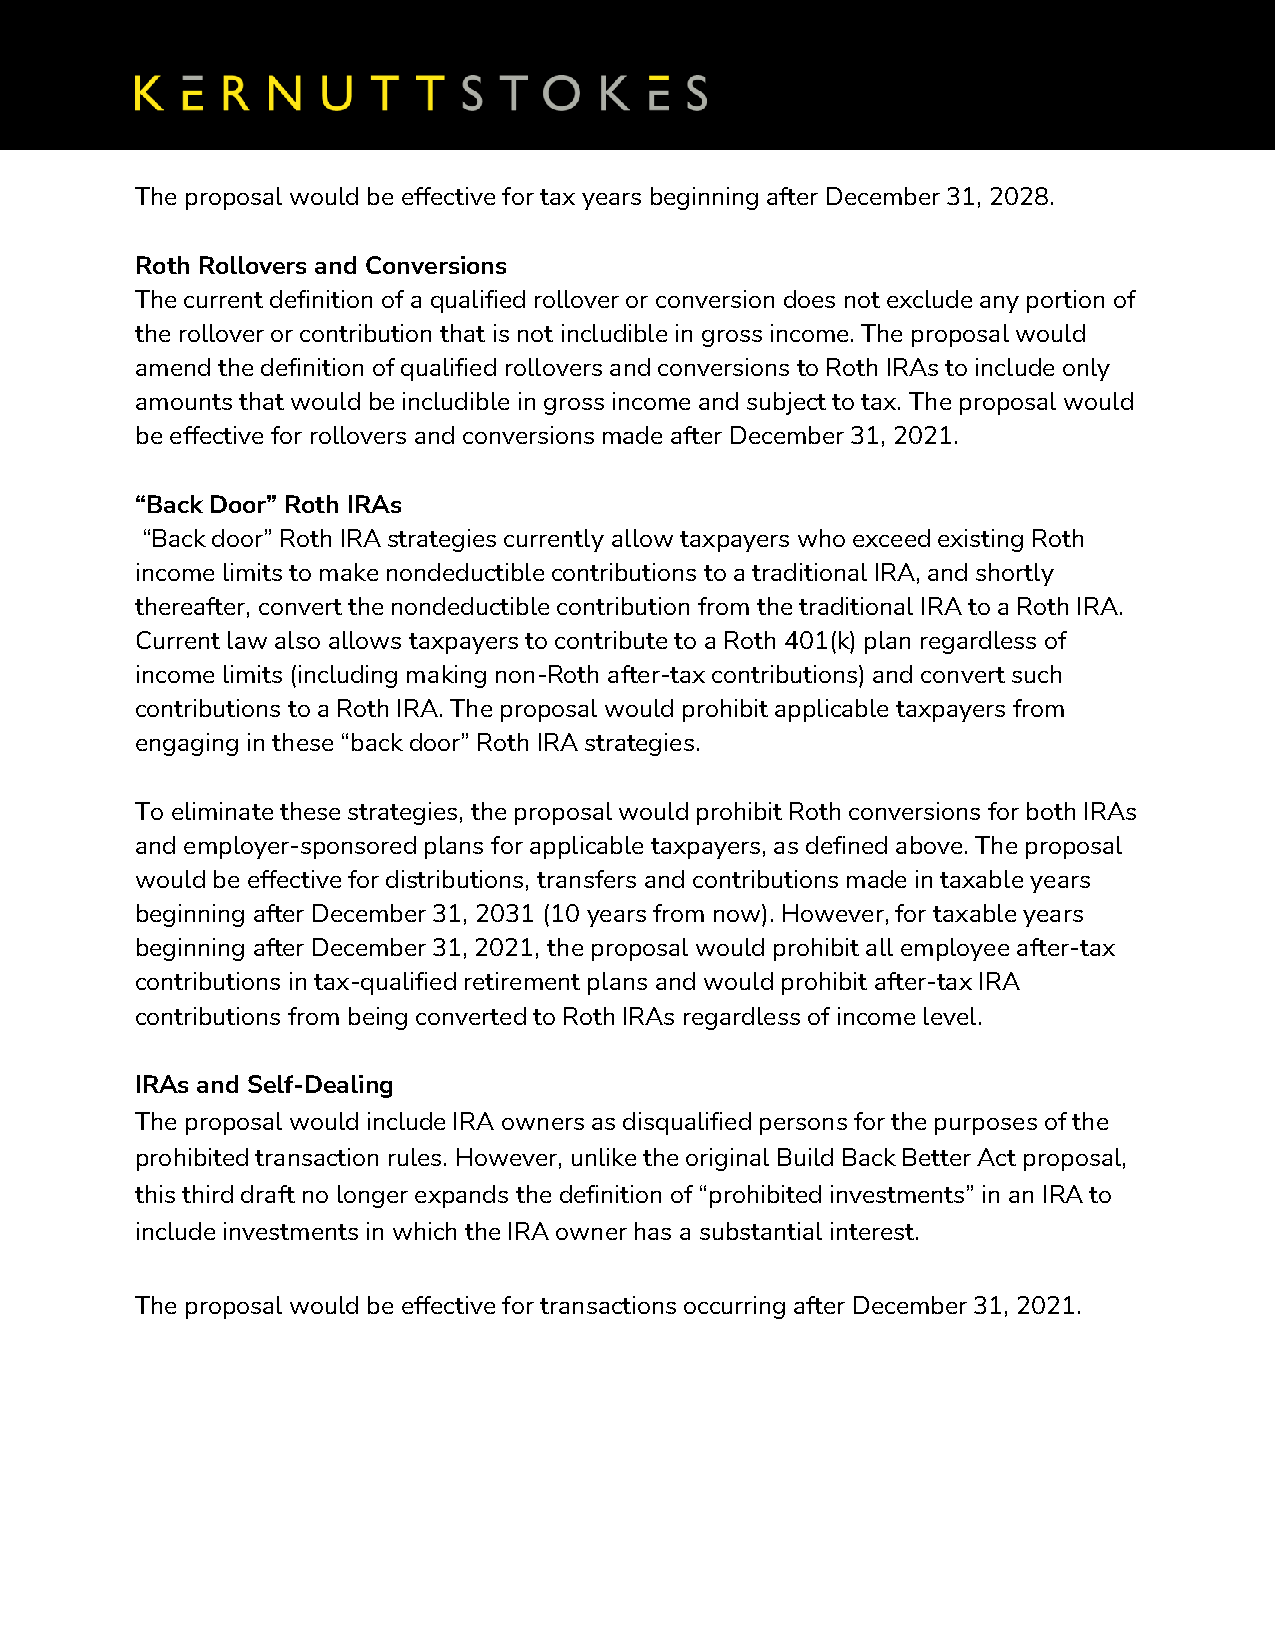
The proposal would be effective for tax years beginning after December 31, 2028.
 Roth Rollovers and Conversions
 The current definition of a qualified rollover or conversion does not exclude any portion of
 the rollover or contribution that is not includible in gross income. The proposal would
 amend the definition of qualified rollovers and conversions to Roth IRAs to include only
 amounts that would be includible in gross income and subject to tax. The proposal would
 be effective for rollovers and conversions made after December 31, 2021.
 “Back Door” Roth IRAs
 “Back door” Roth IRA strategies currently allow taxpayers who exceed existing Roth
 income limits to make nondeductible contributions to a traditional IRA, and shortly
 thereafter, convert the nondeductible contribution from the traditional IRA to a Roth IRA.
 Current law also allows taxpayers to contribute to a Roth 401(k) plan regardless of
 income limits (including making non-Roth after-tax contributions) and convert such
 contributions to a Roth IRA. The proposal would prohibit applicable taxpayers from
 engaging in these “back door” Roth IRA strategies.
 To eliminate these strategies, the proposal would prohibit Roth conversions for both IRAs
 and employer-sponsored plans for applicable taxpayers, as defined above. The proposal
 would be effective for distributions, transfers and contributions made in taxable years
 beginning after December 31, 2031 (10 years from now). However, for taxable years
 beginning after December 31, 2021, the proposal would prohibit all employee after-tax
 contributions in tax-qualified retirement plans and would prohibit after-tax IRA
 contributions from being converted to Roth IRAs regardless of income level.
 IRAs and Self-Dealing
 The proposal would include IRA owners as disqualified persons for the purposes of the
 prohibited transaction rules. However, unlike the original Build Back Better Act proposal,
 this third draft no longer expands the definition of “prohibited investments” in an IRA to
 include investments in which the IRA owner has a substantial interest.
 The proposal would be effective for transactions occurring after December 31, 2021.